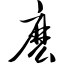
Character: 麽